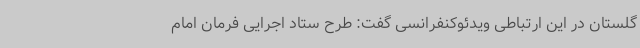
گلستان در این ارتباطی ویدئوکنفرانسی گفت: طرح ستاد اجرایی فرمان امام